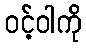
ဝင့်ဝါကို